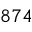
8 7 4